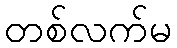
တစ်လက်မ